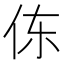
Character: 㑈